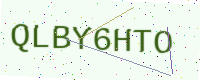
Text: QLBY6HTO